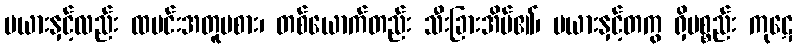
မယားနှင့်လည်း ထမင်းအတူမစား၊ တစ်ယောက်တည်း သီးခြားအိပ်၏၊ မယားနှင့်တကွ ရှိပစ္စည်း ကုဋေ